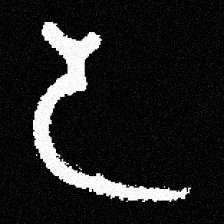
Pyu character \u2014 Myanmar letter: ဒ (romanized: da)